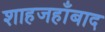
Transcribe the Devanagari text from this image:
शाहजहाँबाद